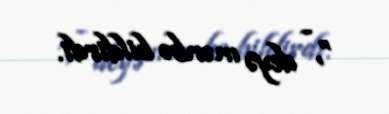
”, - deyə mənbə bildirdi.